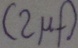
Text: (2µF)